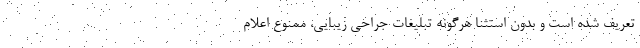
تعریف شده است و بدون استثنا هرگونه تبلیغات جراحی زیبایی، ممنوع اعلام